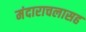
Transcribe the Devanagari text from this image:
मंदाराचलासह